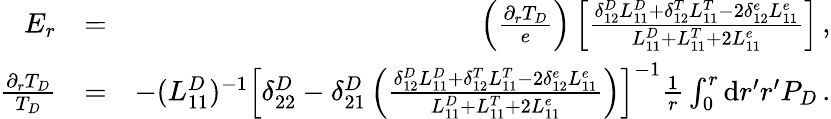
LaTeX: \begin{array}{rlr}{E_{r}}&{=}&{\left(\frac{\partial_{r}T_{D}}{e}\right)\left[\frac{\delta_{12}^{D}L_{11}^{D}+\delta_{12}^{T}L_{11}^{T}-2\delta_{12}^{e}L_{11}^{e}}{L_{11}^{D}+L_{11}^{T}+2L_{11}^{e}}\right]\, ,}\\ {\frac{\partial_{r}T_{D}}{T_{D}}}&{=}&{-(L_{11}^{D})^{-1}\left[\delta_{22}^{D}-\delta_{21}^{D}\left(\frac{\delta_{12}^{D}L_{11}^{D}+\delta_{12}^{T}L_{11}^{T}-2\delta_{12}^{e}L_{11}^{e}}{L_{11}^{D}+L_{11}^{T}+2L_{11}^{e}}\right)\right]^{-1}\frac{1}{r}\int_{0}^{r}\mathrm{d}r^{\prime}r^{\prime}P_{D}\, .}\end{array}